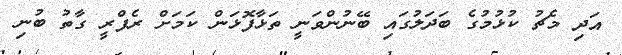
އަދި މެޗު ކުޅުމުގެ ބަދަލުގައި ބޭނުންވަނީ ތަޅާފޮޅަން ކަމަށް ރެފްރީ ގާތު ބުނި